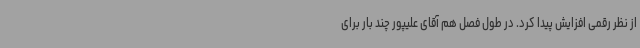
از نظر رقمی افزایش پیدا کرد. در طول فصل هم آقای علیپور چند بار برای